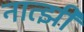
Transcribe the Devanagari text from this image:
नात्झी